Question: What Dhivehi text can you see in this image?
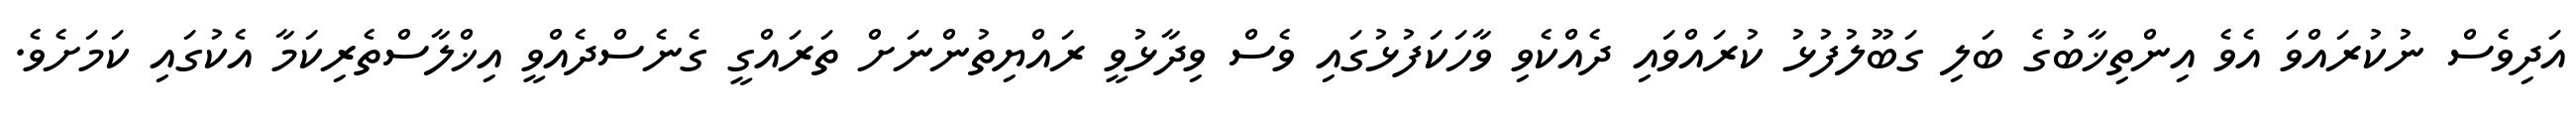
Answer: އަދިވެސް ނުކުރައްވަ އެވެ އިންތިޚާބުގެ ބަލި ގަބޫލުފުޅު ކުރައްވައި ދެއްކެވި ވާހަކަފުޅުގައި ވެސް ވިދާޅުވީ ރައްޔިތުންނަށް ތަރައްގީ ގެނެސްދެއްވީ އިޚްލާސްތެރިކަމާ އެކުގައި ކަމަށެވެ.